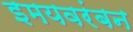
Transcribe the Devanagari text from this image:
इमयवरंबन